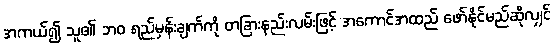
အကယ်၍ သူ၏ ဘဝ ရည်မှန်းချက်ကို တခြားနည်းလမ်းဖြင့် အကောင်အထည် ဖော်နိုင်မည်ဆိုလျှင်